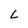
Character: L